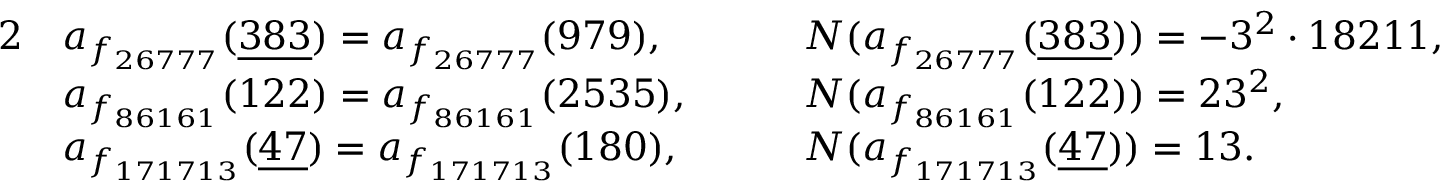
\begin{array} { r l r l } { { 2 } } & { a _ { f _ { 2 6 7 7 7 } } ( \underline { { 3 8 3 } } ) = a _ { f _ { 2 6 7 7 7 } } ( 9 7 9 ) , \quad } & & { N ( a _ { f _ { 2 6 7 7 7 } } ( \underline { { 3 8 3 } } ) ) = - 3 ^ { 2 } \cdot 1 8 2 1 1 , } \\ & { a _ { f _ { 8 6 1 6 1 } } ( 1 2 2 ) = a _ { f _ { 8 6 1 6 1 } } ( 2 5 3 5 ) , \quad } & & { N ( a _ { f _ { 8 6 1 6 1 } } ( 1 2 2 ) ) = 2 3 ^ { 2 } , } \\ & { a _ { f _ { 1 7 1 7 1 3 } } ( \underline { { 4 7 } } ) = a _ { f _ { 1 7 1 7 1 3 } } ( 1 8 0 ) , \quad } & & { N ( a _ { f _ { 1 7 1 7 1 3 } } ( \underline { { 4 7 } } ) ) = 1 3 . } \end{array}